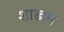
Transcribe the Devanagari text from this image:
शास्त्रम